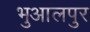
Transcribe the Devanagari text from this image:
भुआलपुर